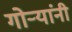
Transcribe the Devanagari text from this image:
गोऱ्यांनी